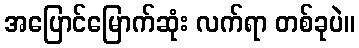
အပြောင်မြောက်ဆုံး လက်ရာ တစ်ခုပဲ။